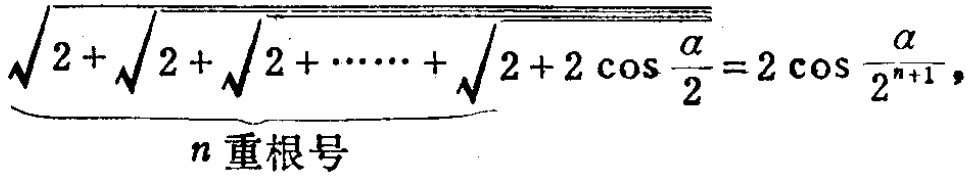
\(\underbrace{\sqrt{2 + \sqrt{2 + \sqrt{2 + \cdots \cdots + \sqrt{2 + 2 \cos \frac{\alpha}{2}}}}}_{n重根号}=2\cos \frac{\alpha}{2^{n + 1}}\)